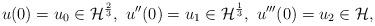
LaTeX: \begin{align*}u(0)=u_0\in \mathcal{H}^{\frac{2}{3}},\ u''(0)=u_1\in \mathcal{H}^{\frac{1}{3}},\ u'''(0)=u_2\in \mathcal{H}, \end{align*}